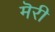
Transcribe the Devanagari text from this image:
मॆरी